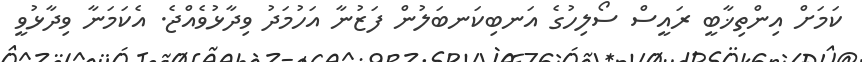
ކަމަށް އިންތިޚާބީ ރައީސް ސޯލިހުގެ އަނބިކަނބަލުން ފަޒުނާ އަހުމަދު ވިދާޅުވެއްޖެ. އެކަމަނާ ވިދާޅުވީ